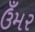
ઉઁમર